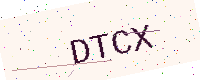
Text: DTCX